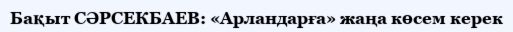
Бақыт СӘРСЕКБАЕВ: «Арландарға» жаңа көсем керек